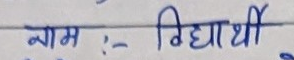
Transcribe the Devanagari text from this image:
नाम :- विद्यार्थी